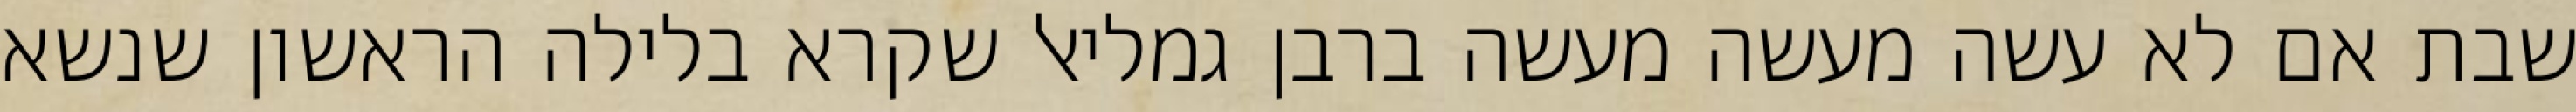
שבת אם לא עשה מעשה מעשה ברבן גמליאל שקרא בלילה הראשון שנשא